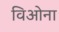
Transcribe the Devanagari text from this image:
विओना